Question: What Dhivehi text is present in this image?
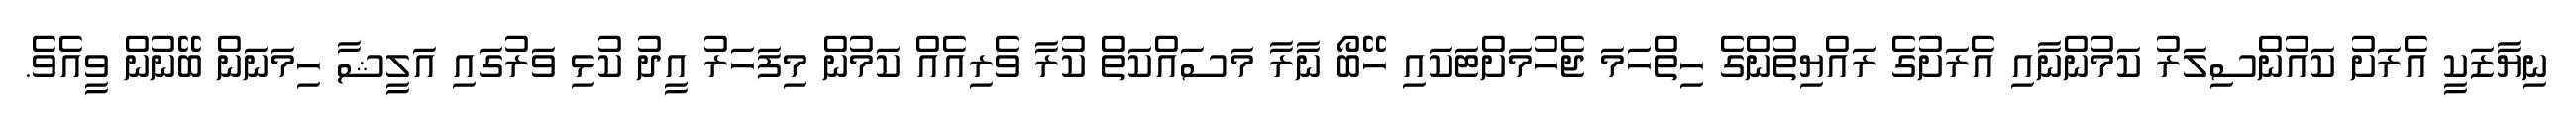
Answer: ނިޔާޒަކީ އެރަށު ކައުންސިލަރު ކަމުންނާއި އެރަށުގެ ރައްޔިތުންގެ ހިތްހަމަ ޖެހުމަށްޓަކައި ހޭބޯ ނާރާ މަސައްކަތް ކުރާ ވެރިއެއް ކަމުން މިފަހަރު އީދު ކުޅި ވަރުގައި އަލީޝާ ހިމަނަން ބޭނުން ވީއެވެ.